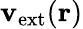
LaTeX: \mathbf{v}_{\mathrm{{ext}}}(\textbf{{r}})